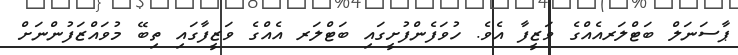
ޕާސަނަލް ބަޓްލަރއެއްގެ ވަޒީފާ އެވެ. ހުވަފެންފުށީގައި ބަޓްލަރ އެއްގެ ވަޒީފާގައި ތިބޭ މުވައްޒަފުންނަށް